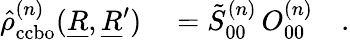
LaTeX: \begin{array}{rl}{\hat{\rho}_{\mathrm{ccbo}}^{(n)}(\underline{{R}},\underline{{R}}^{\prime})}&{{}=\tilde{S}_{00}^{(n)}\, O_{00}^{(n)}\quad.}\end{array}